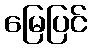
မြေပြင်